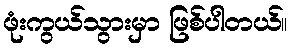
ဖုံးကွယ်သွားမှာ ဖြစ်ပါတယ်။